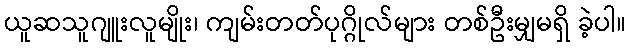
ယူဆသူဂျူးလူမျိုး၊ ကျမ်းတတ်ပုဂ္ဂိုလ်များ တစ်ဦးမျှမရှိ ခဲ့ပါ။